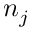
n _ { j }